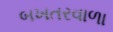
બખતરવાળા